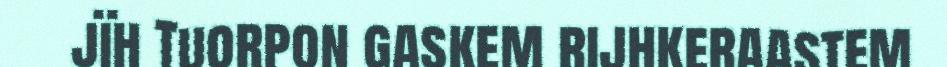
jïh Tuorpon gaskem rijhkeraastem